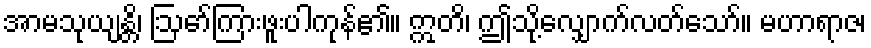
အာမသုယျန္တိ၊ ဩော်ကြားဖူးပါကုန်၏။ ဣတိ၊ ဤသို့လျှောက်လတ်သော်။ မဟာရာဇ၊